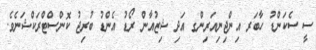
ސީ ސެކަންޑު ހާބަރ އިންޖިނިއަރިންގ އަދި ޝިޒުއާން ރޯޑު އެންޑު ބުރިޖު ކޮންސްޓްރަކްޝަނެވެ.